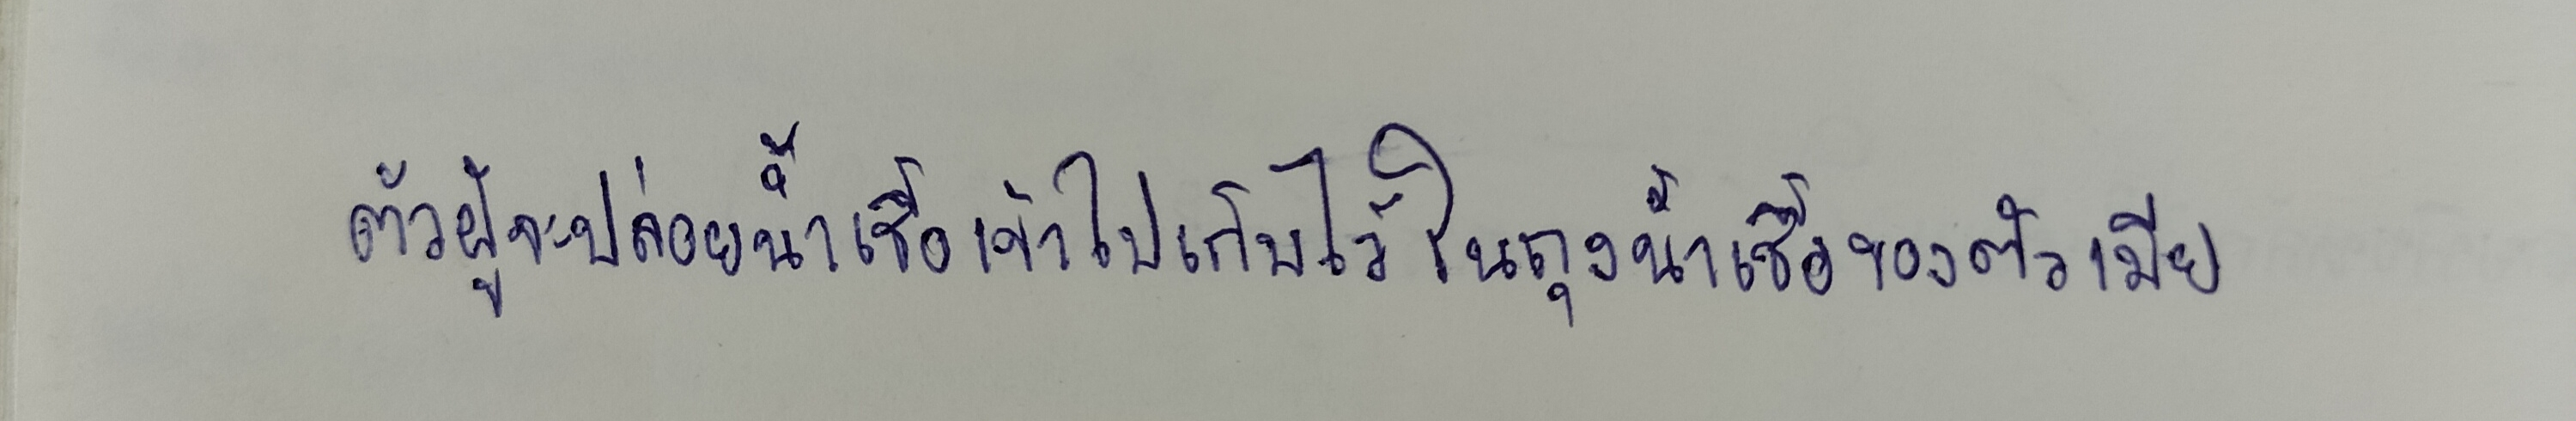
ตัวผู้จะปล่อยน้ำเชื้อเข้าไปเก็บไว้ในถุงน้ำเชื้อของตัวเมีย